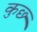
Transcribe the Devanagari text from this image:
कुछ्‍